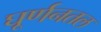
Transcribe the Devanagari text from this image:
घूर्णनतल